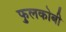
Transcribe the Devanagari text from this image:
फुलकोबी